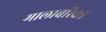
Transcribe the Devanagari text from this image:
मालाबरिका